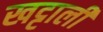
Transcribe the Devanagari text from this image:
खट्टाली